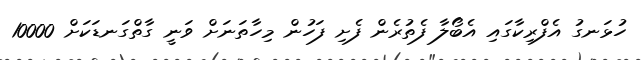
ހުޅަނގު އެފްރިކާގައި އެބޯލާ ފެތުރެން ފެށި ފަހުން މިހާތަނަށް ވަނީ ގާތްގަނޑަކަށް 10000